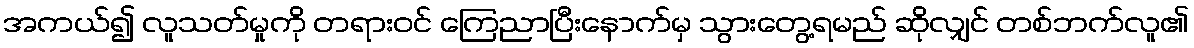
အကယ်၍ လူသတ်မှုကို တရားဝင် ကြေညာပြီးနောက်မှ သွားတွေ့ရမည် ဆိုလျှင် တစ်ဘက်လူ၏